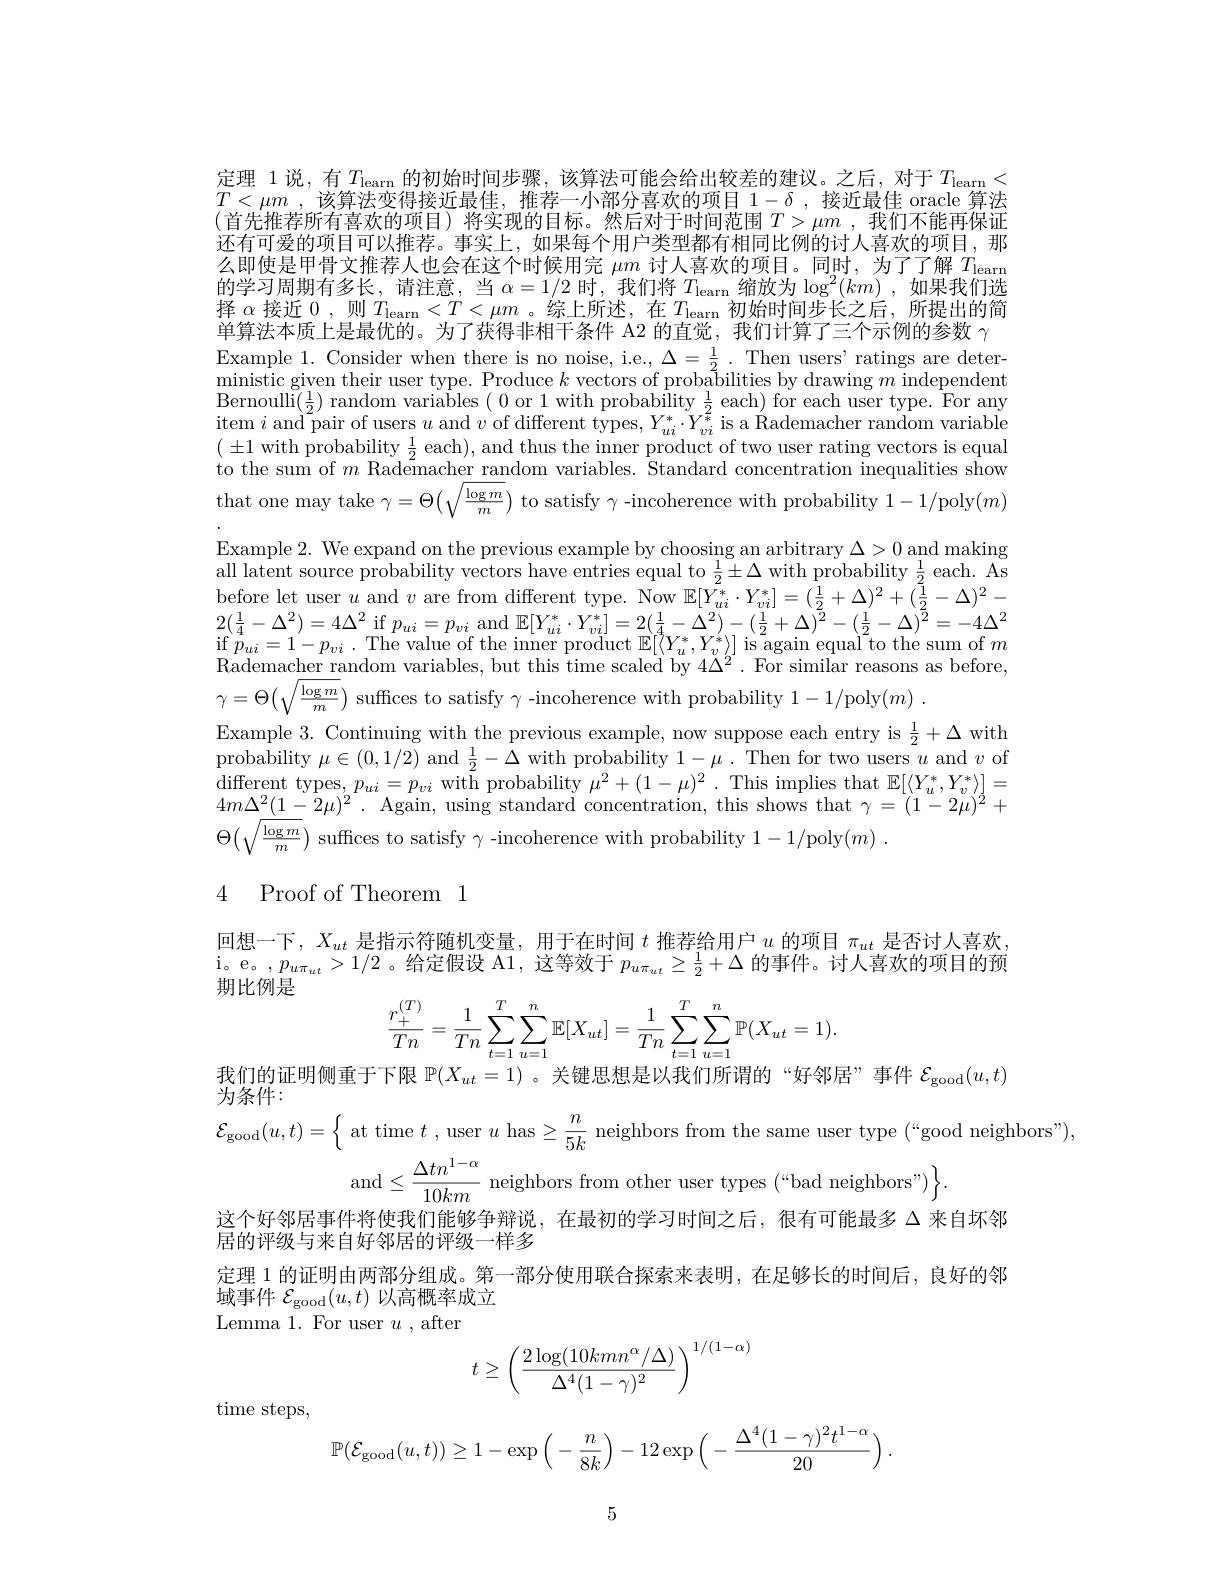
定理 1 说，有$T_{\mathrm{learn}}$的初始时间步骤，该算法可能会给出较差的建议。之后，对于$T_{\mathrm{learn}}<$ $T<\mu m$ ,该算法变得接近最佳，推荐一小部分喜欢的项目$1-\delta$ ,接近最佳 oracle 算法(首先推荐所有喜欢的项目)将实现的目标。然后对于时间范围 $T>\mu m$ ,我们不能再保证还有可爱的项目可以推荐。事实上，如果每个用户类型都有相同比例的讨人喜欢的项目，那么即使是甲骨文推荐人也会在这个时候用完$\mu m$讨人喜欢的项目。同时，为了了解$T_\mathrm{learm}$ 的学习周期有多长，请注意，当$\alpha=1/2$时，我们将$T_\text{learn 缩放为}\log^2(km)$ ,如果我们选择$\alpha$接近0，则$T_\mathrm{learn}<T<\mu m$ 。综上所述，在$T_\mathrm{learn}$初始时间步长之后，所提出的简单算法本质上是最优的。为了获得非相干条件 A2 的直觉，我们计算了三个示例的参数 γ Example 1. Consider when there is no noise, i.e., $\Delta=\frac{1}{2}.$ Then users' ratings are deter- ${\mathrm{ministic~given~their~user~type.~Produce~}k\text{ vectors of probabilities by drawing }m}$ independent $\begin{array}{c}{\mathrm{Bernoulli}(\frac12)~\mathrm{random~variables~(~0~or~1~with~probability~\frac12~each)~for~each~user~type.~For~any}}\\{\mathrm{for~any}}\\{\mathrm{for~and~}}\\{\mathrm{for~}}\\{\mathrm{for~}}\\{\mathrm{for~}}\\{\mathrm{for~}}\\{\mathrm{for~}}\\{\mathrm{for~}}\\{\mathrm{for~}}\\{\mathrm{for~}}\\{\mathrm{for~}}\\{\mathrm{for~}}\\{\mathrm{for~}}\\{\mathbf{for~}}\\{\mathrm{for~}}\\{\mathrm{for}}\end{array}$ item $i\text{ and}^{2^{\prime}}$pair of users $u$ and $v$ of different types, $Y_ui^*\cdot Y_{vi}^*$ is a Rademacher random variable $(\pm1$ with probability $\frac12$ each), and thus the inner product of two user rating vectors is equal to the sum of $m$ Rademacher random variables. Standard concentration inequalities show that one may take $\gamma=\Theta(\sqrt\frac{\log m}{m})$ to satisfy $\gamma$ -incoherence with probability 1-1/poly$(m)$ Example 2. We expand on the previous example by choosing an arbitrary $\Delta>0$ and making all latent source probability vectors have entries equal to $\frac12\pm\Delta$ with probability $\frac12$ each. As $\begin{array}{l}{\text{before let user }u\mathrm{~and~}v\mathrm{~are~from~different~type.~Now~}\mathbb{E}[Y_{ui}^{*}\cdot Y_{vi}^{*}]=(\frac{1}{2}+\Delta)^{2}+(\frac{\tilde{1}}{2}-\Delta)^{2}-}\\{2(\frac{1}{4}-\Delta^{2})=4\Delta^{2}\mathrm{~if~}p_{ui}=p_{vi}\mathrm{~and~}\mathbb{E}[Y_{ui}^{*}\cdot Y_{vi}^{*}]=2(\frac{1}{4}-\Delta^{2})-(\frac{1}{2}+\Delta)^{2}-(\frac{1}{2}-\Delta)^{}}\end{array}$ $\begin{array}{l}{\mathrm{if~}p_{ui}=1-p_{vi}\:.\:\mathrm{The~value~of~the~inner~product~}\mathbb{E}[\langle Y_{u}^{*},Y_{v}^{*}\rangle]\:\mathrm{is~again~equal~}^{2}\mathrm{to~the~sum~of~}m}\\{\mathrm{n~}}\\{\mathrm{n~}}\end{array}$ Rademacher random variables, but this time scaled by $4\Delta^2.$ For similar reasons as before, $\gamma=\Theta(\sqrt{\frac{\log m}{m}})$ suffices to satisfy $\gamma$ -incoherence with probability 1-1/poly$( m)$ .
Example 3. Continuing with the previous example, now suppose each entry is $\frac12+\Delta$ with probability $\mu\in(0,1/2)$ and $\frac12-\Delta$ with probability $1-\mu.$ Then for two users $u$ and $v$ of $\begin{array}{c}\mathrm{different~types,~}p_{ui}=p_{vi}&\mathrm{with~probability~}\mu^{2}+(1-\mu)^{2}\:.&\mathrm{This~implies~that~}\mathbb{E}[\langle Y_u^*,Y_v^*\rangle]=\\\end{array}$ $4m\Delta_{\boxed{(1-2\mu)^{2}}.\text{ Again, using standard concentration, this shows that }\gamma=(1-2\mu)^{2}+}$ $\Theta(\sqrt{\frac{\log m}{m}})$ suffices to satisfy $\gamma$ -incoherence with probability 1-1/poly$( m)$ .

## 4 Proof of Theorem1

回想一下，$X_ut$是指示符随机变量，用于在时间$t$推荐给用户$u$的项目$\pi_ut$是否讨人喜欢i。e。, $p_{u\pi _{ut}}> 1/ 2$ 。给定假设 A1, 这等效于$p_u\pi_{ut}\geq\frac12+\Delta$的事件。讨人喜欢的项目的预期比例是
$$\frac{r_{+}^{(T)}}{Tn}=\frac{1}{Tn}\sum_{t=1}^{T}\sum_{u=1}^{n}\mathbb{E}[X_{ut}]=\frac{1}{Tn}\sum_{t=1}^{T}\sum_{u=1}^{n}\mathbb{P}(X_{ut}=1).$$
我们的证明侧重于下限$\mathbb{P}(X_{ut}=1)$ 。关键思想是以我们所谓的“好邻居”事件$\mathcal{E}_\mathrm{good}(u,t)$
为条件：
$\mathcal{E}_{\mathrm{good}}(u,t)=\left\{\text{ at time }t\:,\text{user }u\:\text{has}\geq\frac{n}{5k}\:\text{neighbors from the same user type }(“\text{good neighbors"})\right.$
and$\leq\frac{\Delta tn^{1-\alpha}}{10km}$ neighbors from other user types (“bad neighbors")
这个好邻居事件将使我们能够争辩说，在最初的学习时间之后，很有可能最多$\Delta$来自坏邻
居的评级与来自好邻居的评级一样多
定理 1 的证明由两部分组成。第一部分使用联合探索来表明，在足够长的时间后，良好的邻
域事件$\mathcal{E}_\mathrm{good}(u,t)$以高概率成立
Lemma 1. For user $u$ , after
$$t\ge\left(\dfrac{2\log(10kmn^\alpha/\Delta)}{\Delta^4(1-\gamma)^2}\right)^{1/(1-\alpha)}$$
time steps,
$$\mathbb{P}(\mathcal{E}_{\mathrm{good}}(u,t))\geq1-\exp\Big(-\frac{n}{8k}\Big)-12\exp\Big(-\frac{\Delta^4(1-\gamma)^2t^{1-\alpha}}{20}\Big)\:.$$
5